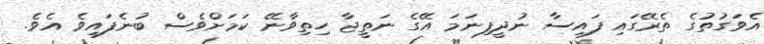
އެވަގުތުގެ ތެރޭގައި ފައިސާ ނުދީފިނަަމަ އޭގެ ނަތީޖާ ހިތިވާނޭ ކަމަށްވެސް ބުނެފައިވެ އެވެ.